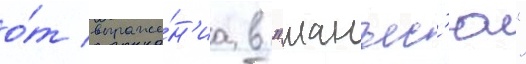
о́т выраже́н'иа в "манъес'ю"